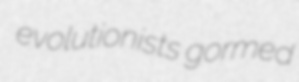
evolutionists gormed